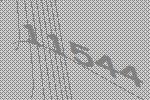
11544